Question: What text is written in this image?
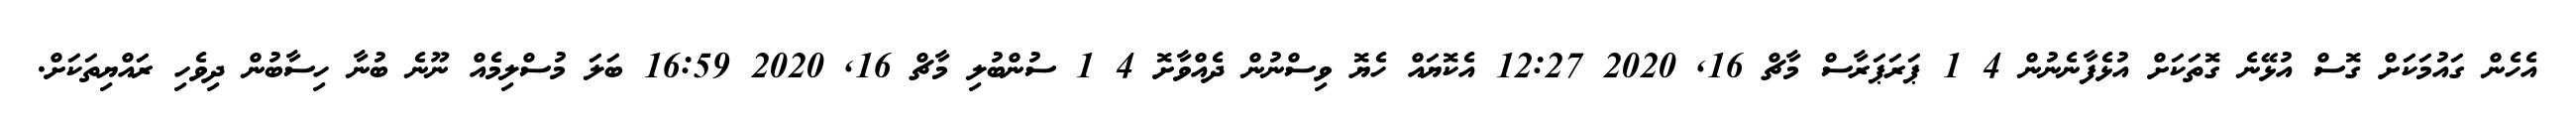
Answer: އެހެން ގައުމަކަށް ގޮސް އުޅޭނެ ގޮތަކަށް އުޅެފާނެނުން 4 1 ޕަރަޕަރާސް މާޗް 16, 2020 12:27 އެކޮޔައް ހެޔޮ ވިސްނުން ދެއްވާށޮ 4 1 ސުންބުލި މާޗް 16, 2020 16:59 ބަލަ މުސްލިމެއް ނޫނެ ބުނާ ހިސާބުން ދިވެހި ރައްޔިތަކަށް.